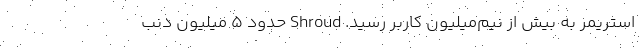
استریمر به بیش از نیم‌میلیون کاربر رسید. Shroud حدود ۵ میلیون دنب